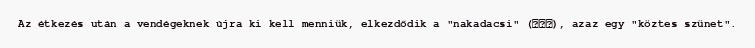
Az étkezés után a vendégeknek újra ki kell menniük, elkezdődik a "nakadacsi" (中立ち), azaz egy "köztes szünet".